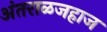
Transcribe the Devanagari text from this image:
अंतराळजहाज